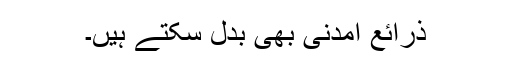
ذرائع آمدنی بھی بدل سکتے ہیں۔